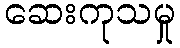
ဆေးကုသမှု